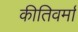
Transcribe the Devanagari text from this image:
कीतिवर्मा